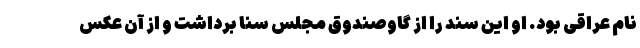
نام عراقی بود. او این سند را از گاوصندوق مجلس سنا برداشت و از آن عکس